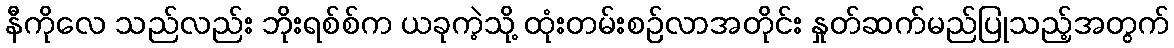
နီကိုလေ သည်လည်း ဘိုးရစ်စ်က ယခုကဲ့သို့ ထုံးတမ်းစဉ်လာအတိုင်း နှုတ်ဆက်မည်ပြုသည့်အတွက်